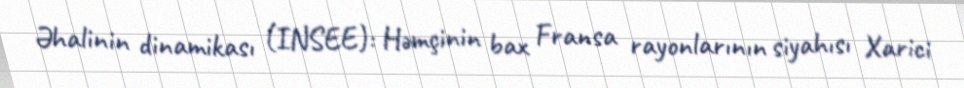
Əhalinin dinamikası (INSEE): Həmçinin bax Fransa rayonlarının siyahısı Xarici